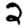
Digit: 2